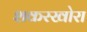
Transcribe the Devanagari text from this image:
शकरखोरा